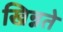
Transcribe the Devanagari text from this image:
खिन्नते